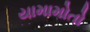
યામામોતો